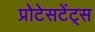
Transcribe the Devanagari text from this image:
प्रोटेसटेंट्स